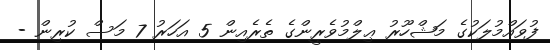
ފުވައްމުލަކުގެ މަޝްހޫރު ޢިލްމުވެރީންގެ ތެރެއިން 5 އަހަރު 7 މަސް ކުރިން -